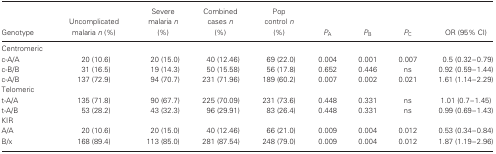
<table><thead><tr><td><b>Genotype</b></td><td><b>Uncomplicated malaria <i>n</i> (%)</b></td><td><b>Severe malaria <i>n</i> (%)</b></td><td><b>Combined cases <i>n</i> (%)</b></td><td><b>Pop control <i>n</i> (%)</b></td><td><b><i>P</i><sub>A</sub></b></td><td><b><i>P</i><sub>B</sub></b></td><td><b><i>P</i><sub>C</sub></b></td><td><b>OR (95% CI)</b></td></tr></thead><tbody><tr><td colspan="9">Centromeric</td></tr><tr><td>c-A/A</td><td>20 (10.6)</td><td>20 (15.0)</td><td>40 (12.46)</td><td>69 (22.0)</td><td>0.004</td><td>0.001</td><td>0.007</td><td>0.5 (0.32–0.79)</td></tr><tr><td>c-B/B</td><td>31 (16.5)</td><td>19 (14.3)</td><td>50 (15.58)</td><td>56 (17.8)</td><td>0.652</td><td>0.446</td><td>ns</td><td>0.92 (0.59–1.44)</td></tr><tr><td>c-A/B</td><td>137 (72.9)</td><td>94 (70.7)</td><td>231 (71.96)</td><td>189 (60.2)</td><td>0.007</td><td>0.002</td><td>0.021</td><td>1.61 (1.14–2.29)</td></tr><tr><td colspan="9">Telomeric</td></tr><tr><td>t-A/A</td><td>135 (71.8)</td><td>90 (67.7)</td><td>225 (70.09)</td><td>231 (73.6)</td><td>0.448</td><td>0.331</td><td>ns</td><td>1.01 (0.7–1.45)</td></tr><tr><td>t-A/B</td><td>53 (28.2)</td><td>43 (32.3)</td><td>96 (29.91)</td><td>83 (26.4)</td><td>0.448</td><td>0.331</td><td>ns</td><td>0.99 (0.69–1.43)</td></tr><tr><td colspan="9">KIR</td></tr><tr><td>A/A</td><td>20 (10.6)</td><td>20 (15.0)</td><td>40 (12.46)</td><td>66 (21.0)</td><td>0.009</td><td>0.004</td><td>0.012</td><td>0.53 (0.34–0.84)</td></tr><tr><td>B/x</td><td>168 (89.4)</td><td>113 (85.0)</td><td>281 (87.54)</td><td>248 (79.0)</td><td>0.009</td><td>0.004</td><td>0.012</td><td>1.87 (1.19–2.96)</td></tr></tbody></table>